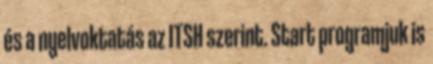
és a nyelvoktatás az ITSH szerint. Start programjuk is